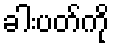
ခါးပတ်ကို